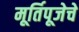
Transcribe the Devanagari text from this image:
मूर्तिपूजेचे